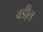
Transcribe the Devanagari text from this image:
वडी्ल